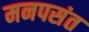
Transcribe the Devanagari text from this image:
मनपसंत